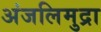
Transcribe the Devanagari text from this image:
अंजलिमुद्रा